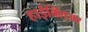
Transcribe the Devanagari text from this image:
हाईक्लिअर